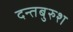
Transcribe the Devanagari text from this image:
दन्तबुरुश